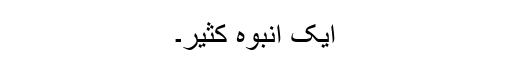
ایک انبوہ کثیر۔